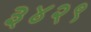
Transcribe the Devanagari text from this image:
३४२९